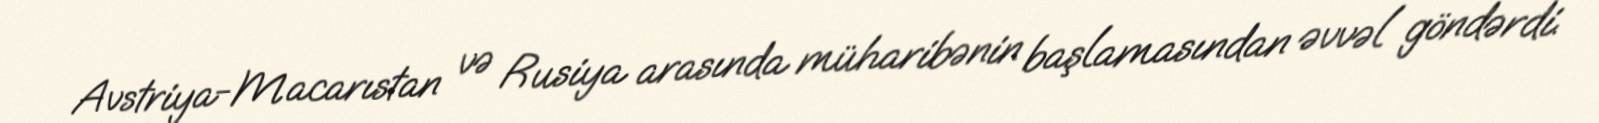
Avstriya-Macarıstan və Rusiya arasında müharibənin başlamasından əvvəl göndərdi.